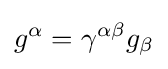
g^{\alpha }=\gamma ^{\alpha \beta }g_{\beta }